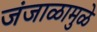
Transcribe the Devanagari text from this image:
जंजाळामुळे